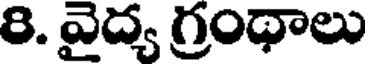
8. వైద్య గ్రంథాలు